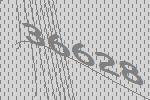
36628